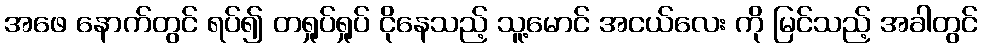
အဖေ နောက်တွင် ရပ်၍ တရှုပ်ရှုပ် ငိုနေသည့် သူ့မောင် အငယ်လေး ကို မြင်သည့် အခါတွင်